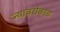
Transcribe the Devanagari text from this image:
ज्याबरोबरच